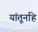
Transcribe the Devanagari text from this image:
यांतूनहि